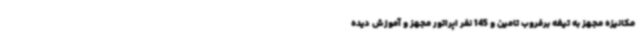
مکانیزه مجهز به تیغه برفروب تامین و 145 نفر اپراتور مجهز و آموزش دیده